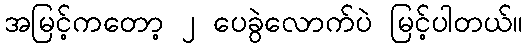
အမြင့်ကတော့ ၂ ပေခွဲလောက်ပဲ မြင့်ပါတယ်။